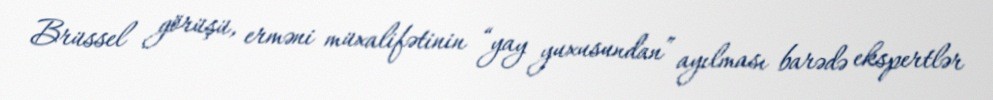
Brüssel görüşü, erməni müxalifətinin “yay yuxusundan” ayılması barədə ekspertlər